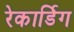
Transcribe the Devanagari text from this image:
रेकार्डिग